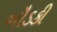
બૌડકી